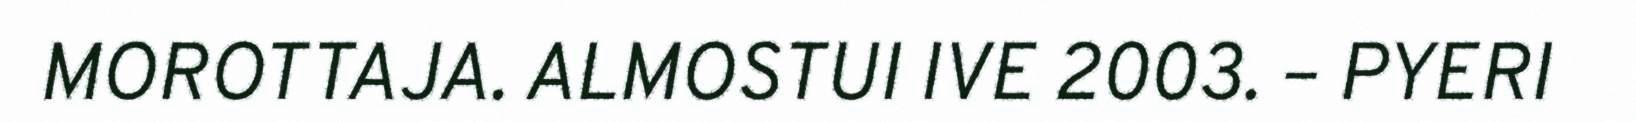
MOROTTAJA. ALMOSTUI IVE 2003. – PYERI